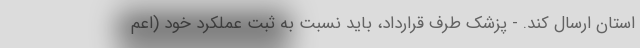
استان ارسال کند. - پزشک طرف قرارداد، باید نسبت به ثبت عملکرد خود (اعم